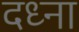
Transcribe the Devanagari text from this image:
दध्ना